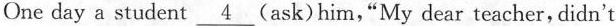
One day a student \underline{4} (ask)him,"My dear teacher, didn't